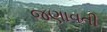
જણાવતી